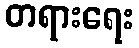
တရားရေး